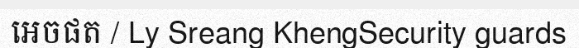
អេចផត / Ly Sreang KhengSecurity guards